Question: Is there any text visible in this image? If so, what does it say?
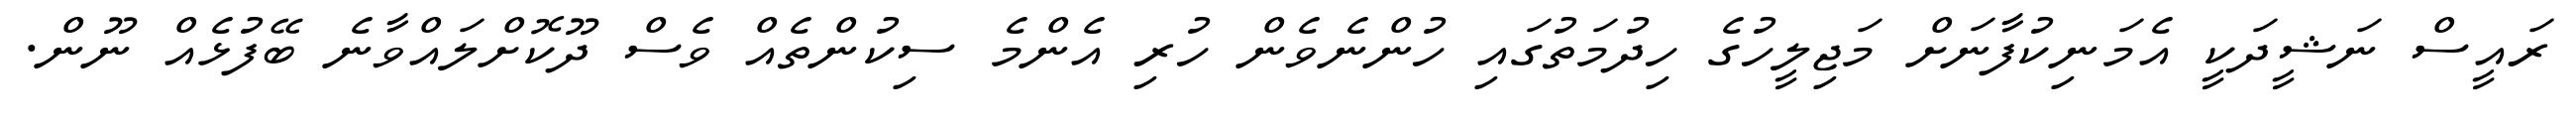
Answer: ރައީސް ނަޝީދަކީ އެމަނިކުފާނަށް މަޖިލީހުގެ ހިދުމަތުގައި ހުންނެވެން ހުރި އެންމެ ސިކުންތެއް ވެސް ދޫކޮށްލައްވާނެ ބޭފުޅެއް ނޫން.